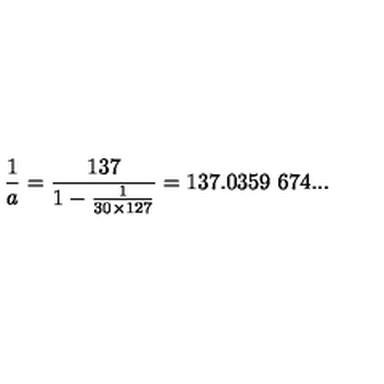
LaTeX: { \frac { 1 } { a } } = { \frac { 1 3 7 } { 1 - { \frac { 1 } { 3 0 \times 1 2 7 } } } } = 1 3 7 . 0 3 5 9 \ 6 7 4 . . . \nonumber